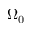
\Omega _ { 0 }